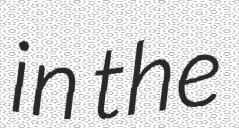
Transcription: in the